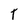
Character: T